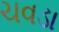
ચવડા